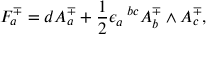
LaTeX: F _ { a } ^ { \mp } = d A _ { a } ^ { \mp } + { \frac { 1 } { 2 } } \epsilon _ { a } \, ^ { b c } A _ { b } ^ { \mp } \wedge A _ { c } ^ { \mp } ,